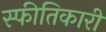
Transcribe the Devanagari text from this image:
स्फीतिकारी